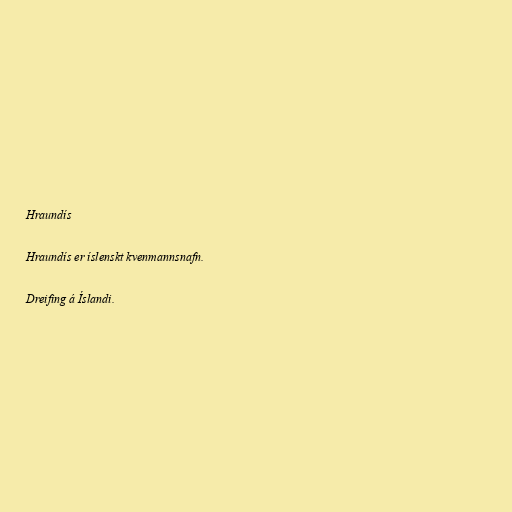
Hraundís

Hraundís er íslenskt kvenmannsnafn.

Dreifing á Íslandi.